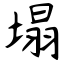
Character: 塌